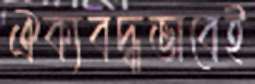
ঐক্যবদ্ধভাবেই